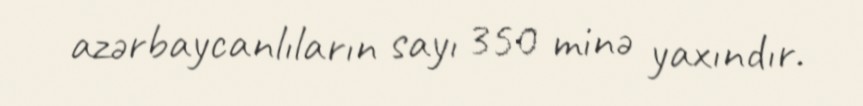
azərbaycanlıların sayı 350 minə yaxındır.